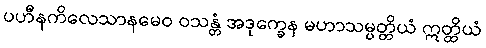
ပဟီနကိလေသာနမေဝ ဝသန္တံ အဒုက္ခေန မဟာသမ္ပတ္တိယံ ဣတ္ထိယံ